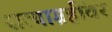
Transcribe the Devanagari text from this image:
सत्याग्रहींवर